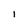
Character: l